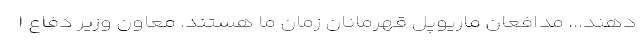
دهند... مدافعان ماریوپل قهرمانان زمان ما هستند. معاون وزیر دفاع ا